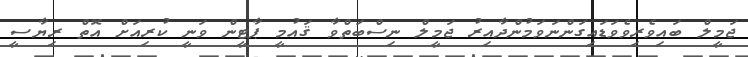
ޖަމީލް ބައިވެރިވެވަޑައިގަންނަވަމުންދާއިރު ޖަމީލް ނިސްބަތްވާ ޤައުމީ ޕާޓީން ވަނީ ކުރިއަށް އޮތް ރިޔާސީ